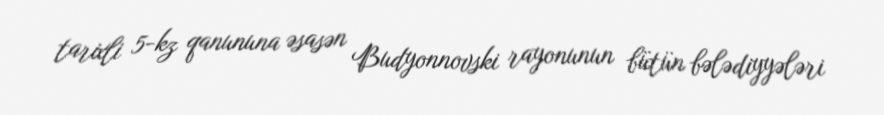
tarixli 5-kz qanununa əsasən Budyonnovski rayonunun bütün bələdiyyələri